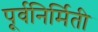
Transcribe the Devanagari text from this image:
पूर्वनिर्मिती